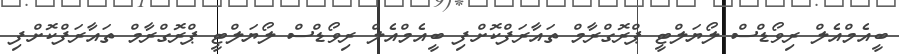
ބީއެމްއެލް ރިވޯޑްސް ލޯޔަލްޓީ ޕްރޮގްރާމް ތައާރަފްކޮށްފި ބީއެމްއެލް ރިވޯޑްސް ލޯޔަލްޓީ ޕްރޮގްރާމް ތައާރަފްކޮށްފި